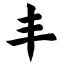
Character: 丰